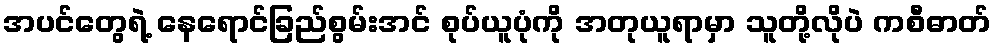
အပင်တွေရဲ့ နေရောင်ခြည်စွမ်းအင် စုပ်ယူပုံကို အတုယူရာမှာ သူတို့လိုပဲ ကစီဓာတ်